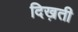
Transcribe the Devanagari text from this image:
दिख़ती